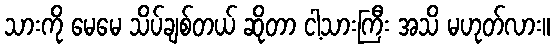
သားကို မေမေ သိပ်ချစ်တယ် ဆိုတာ ငါ့သားကြီး အသိ မဟုတ်လား။